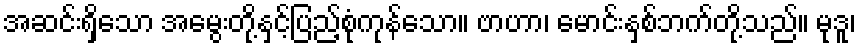
အဆင်းရှိသော အမွေးတို့နှင့်ပြည့်စုံကုန်သော။ ဗာဟာ၊ မောင်းနှစ်ဘက်တို့သည်။ မုဒူ၊